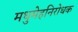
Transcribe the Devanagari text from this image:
मधुमेहनिरोधक